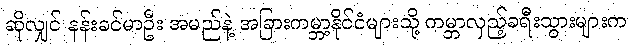
ဆိုလျှင် နန်းခင်မာဦး အမည်နဲ့ အခြားကမ္ဘာ့နိုင်ငံများသို့ ကမ္ဘာလှည့်ခရီးသွားများက